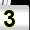
Digit: 3